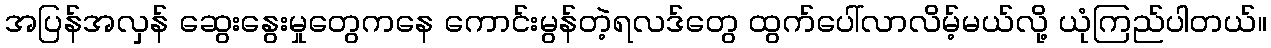
အပြန်အလှန် ဆွေးနွေးမှုတွေကနေ ကောင်းမွန်တဲ့ရလဒ်တွေ ထွက်ပေါ်လာလိမ့်မယ်လို့ ယုံကြည်ပါတယ်။